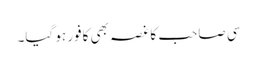
سی صاحب کا غصہ بھی کافور ہو گیا۔